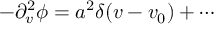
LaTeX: - \partial _ { v } ^ { 2 } \phi = a ^ { 2 } \delta ( v - v _ { 0 } ) + \cdots